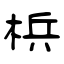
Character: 梹